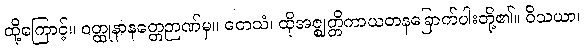
ထို့ကြောင့်။ ဝတ္ထုနာနတ္တေဉာဏ်မှ။ တေသံ၊ ထိုအဇ္ဈတ္တိကာယတနခြောက်ပါးတို့၏။ ဝိသယာ၊